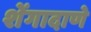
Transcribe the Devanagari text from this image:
शेंगादाणे